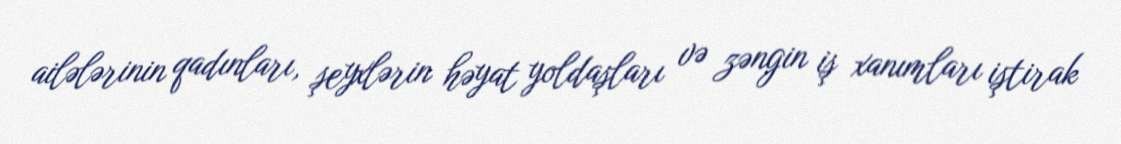
ailələrinin qadınları, şeyxlərin həyat yoldaşları və zəngin iş xanımları iştirak